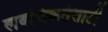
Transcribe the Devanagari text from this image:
लवचिकतेसाठी